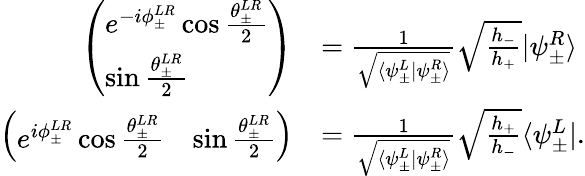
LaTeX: \begin{array}{rl}{\left(\begin{array}{l}{e^{-i\phi_{\pm}^{LR}}\cos\frac{\theta_{\pm}^{LR}}{2}}\\ {\sin\frac{\theta_{\pm}^{LR}}{2}}\end{array}\right)}&{=\frac{1}{\sqrt{\langle\psi_{\pm}^{L}|\psi_{\pm}^{R}\rangle}}\sqrt{\frac{h_{-}}{h_{+}}}|\psi_{\pm}^{R}\rangle}\\ {\left(\begin{array}{ll}{e^{i\phi_{\pm}^{LR}}\cos\frac{\theta_{\pm}^{LR}}{2}}&{\sin\frac{\theta_{\pm}^{LR}}{2}}\end{array}\right)}&{=\frac{1}{\sqrt{\langle\psi_{\pm}^{L}|\psi_{\pm}^{R}\rangle}}\sqrt{\frac{h_{+}}{h_{-}}}\langle\psi_{\pm}^{L}|.}\end{array}